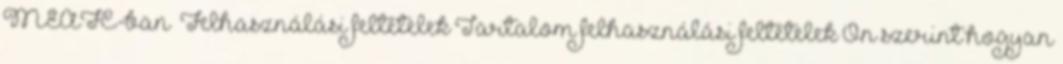
MEAFC-ban” Felhasználási feltételek Tartalom felhasználási feltételek Ön szerint hogyan